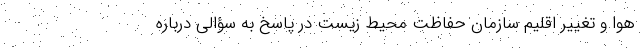
هوا و تغییر اقلیم سازمان حفاظت محیط زیست در پاسخ به سؤالی درباره